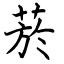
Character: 菸